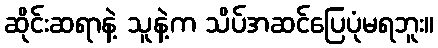
ဆိုင်းဆရာနဲ့ သူနဲ့က သိပ်အဆင်ပြေပုံမရဘူး။